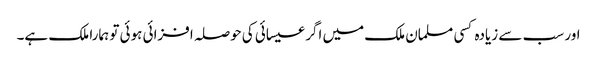
اور سب سے زیادہ کسی مسلمان ملک میں اگر عیسائی کی حوصلہ افزائی ہوئی تو ہمارا ملک ہے۔